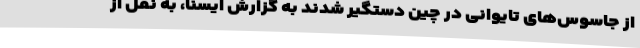
از جاسوس‌های تایوانی در چین دستگیر شدند به گزارش ایسنا، به نقل از